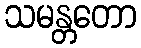
သမန္တတော